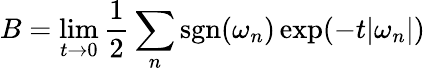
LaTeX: B=\operatorname*{lim}_{t\to 0}{\frac{1}{2}}\sum_{n}\operatorname{sgn}(\omega_{n})\exp(-t|\omega_{n}|)